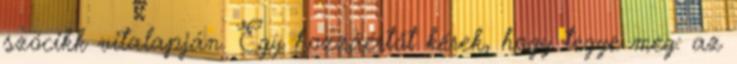
szócikk vitalapján. Egy hozzáértőt kérek, hogy tegye meg: az